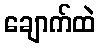
ချောက်ထဲ